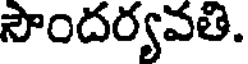
సౌందర్యవతి.